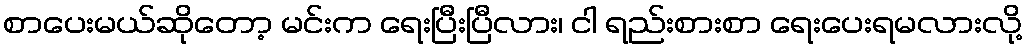
စာပေးမယ်ဆိုတော့ မင်းက ရေးပြီးပြီလား၊ ငါ ရည်းစားစာ ရေးပေးရမလားလို့